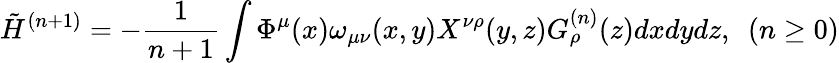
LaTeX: \tilde{H}^{(n+1)}=-\frac{1}{n+1}\int\Phi^{\mu}(x)\omega_{\mu\nu}(x,y)X^{\nu\rho}(y,z)G_{\rho}^{(n)}(z)dxdydz,~~(n\geq 0)